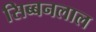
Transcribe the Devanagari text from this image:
सिब्‍बनलाल